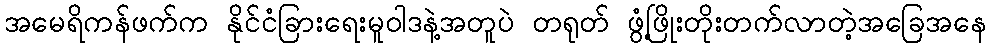
အမေရိကန်ဖက်က နိုင်ငံခြားရေးမူဝါဒနဲ့အတူပဲ တရုတ် ဖွံ့ဖြိုးတိုးတက်လာတဲ့အခြေအနေ